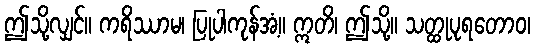
ဤသို့လျှင်။ ကရိဿာမ၊ ပြုပါကုန်အံ့။ ဣတိ၊ ဤသို့။ သတ္ထုပုရတောဝ၊